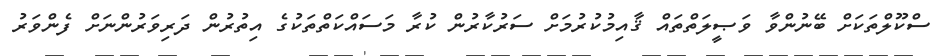
ސްކޫލްތަކަށް ބޭނުންވާ ވަޞީލަތްތައް ޤާއިމުކުރުމަށް ސަރުކާރުން ކުރާ މަސައްކަތްތަކުގެ އިތުރުން ދަރިވަރުންނަށް ފެންވަރު